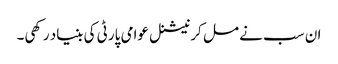
ان سب نے مل کر نیشنل عوامی پارٹی کی بنیاد رکھی۔